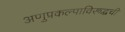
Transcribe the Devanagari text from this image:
अणुप्रकल्पाविरूद्धची